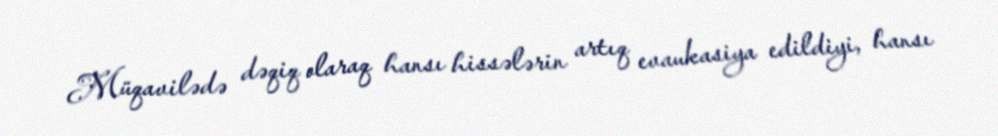
Müqavilədə dəqiq olaraq hansı hissələrin artıq evaukasiya edildiyi, hansı